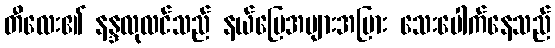
တီလေး၏ နန္ဒလုလင်သည် နယ်မြေအများအပြား သေးပေါက်နေသည်